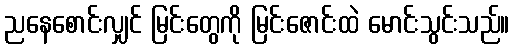
ညနေစောင်းလျှင် မြင်းတွေကို မြင်းဇောင်းထဲ မောင်းသွင်းသည်။